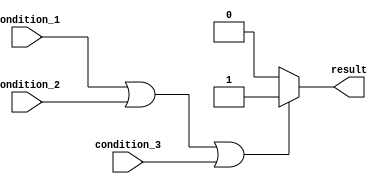
module if_else_statement(
    input wire condition_1,
    input wire condition_2,
    input wire condition_3,
    output reg result
);

always @(*)
begin
    if (condition_1 || condition_2 || condition_3)
        result <= 1;
    else
        result <= 0;
end

endmodule